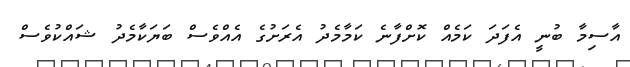
އާސިމާ ބުނީ އެފަދަ ކަމެއް ކޮށްފާނެ ކަމާމެދު އެރަށުގެ އެއްވެސް ބަޔަކާމެދު ޝައްކުވެސް